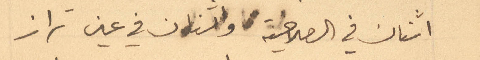
اثنان في الصلاحية واثنان في عين تراز